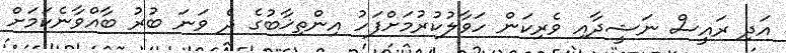
އަދި ރައީސް ނަޝީދާއި ވެރިކަން ހަވާލުކުރުމަށްފަހު އިންތިޚާބުގެ ދެ ވަނަ ބުރު ބާއްވާނެކަމަށް